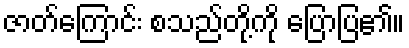
ဇာတ်ကြောင်း စသည်တို့ကို ပြောပြ၏။